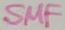
Text: SMF